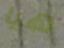
هيا